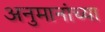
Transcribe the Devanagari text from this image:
अनुमानांच्या